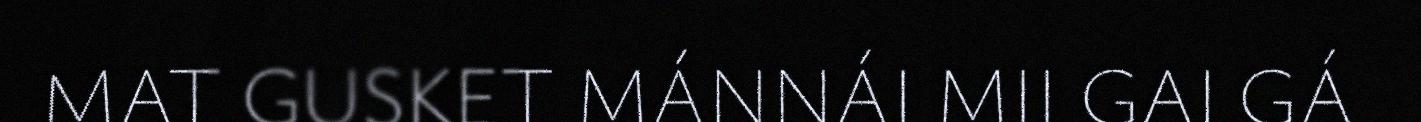
MAT GUSKET MÁNNÁI MII GALGÁ